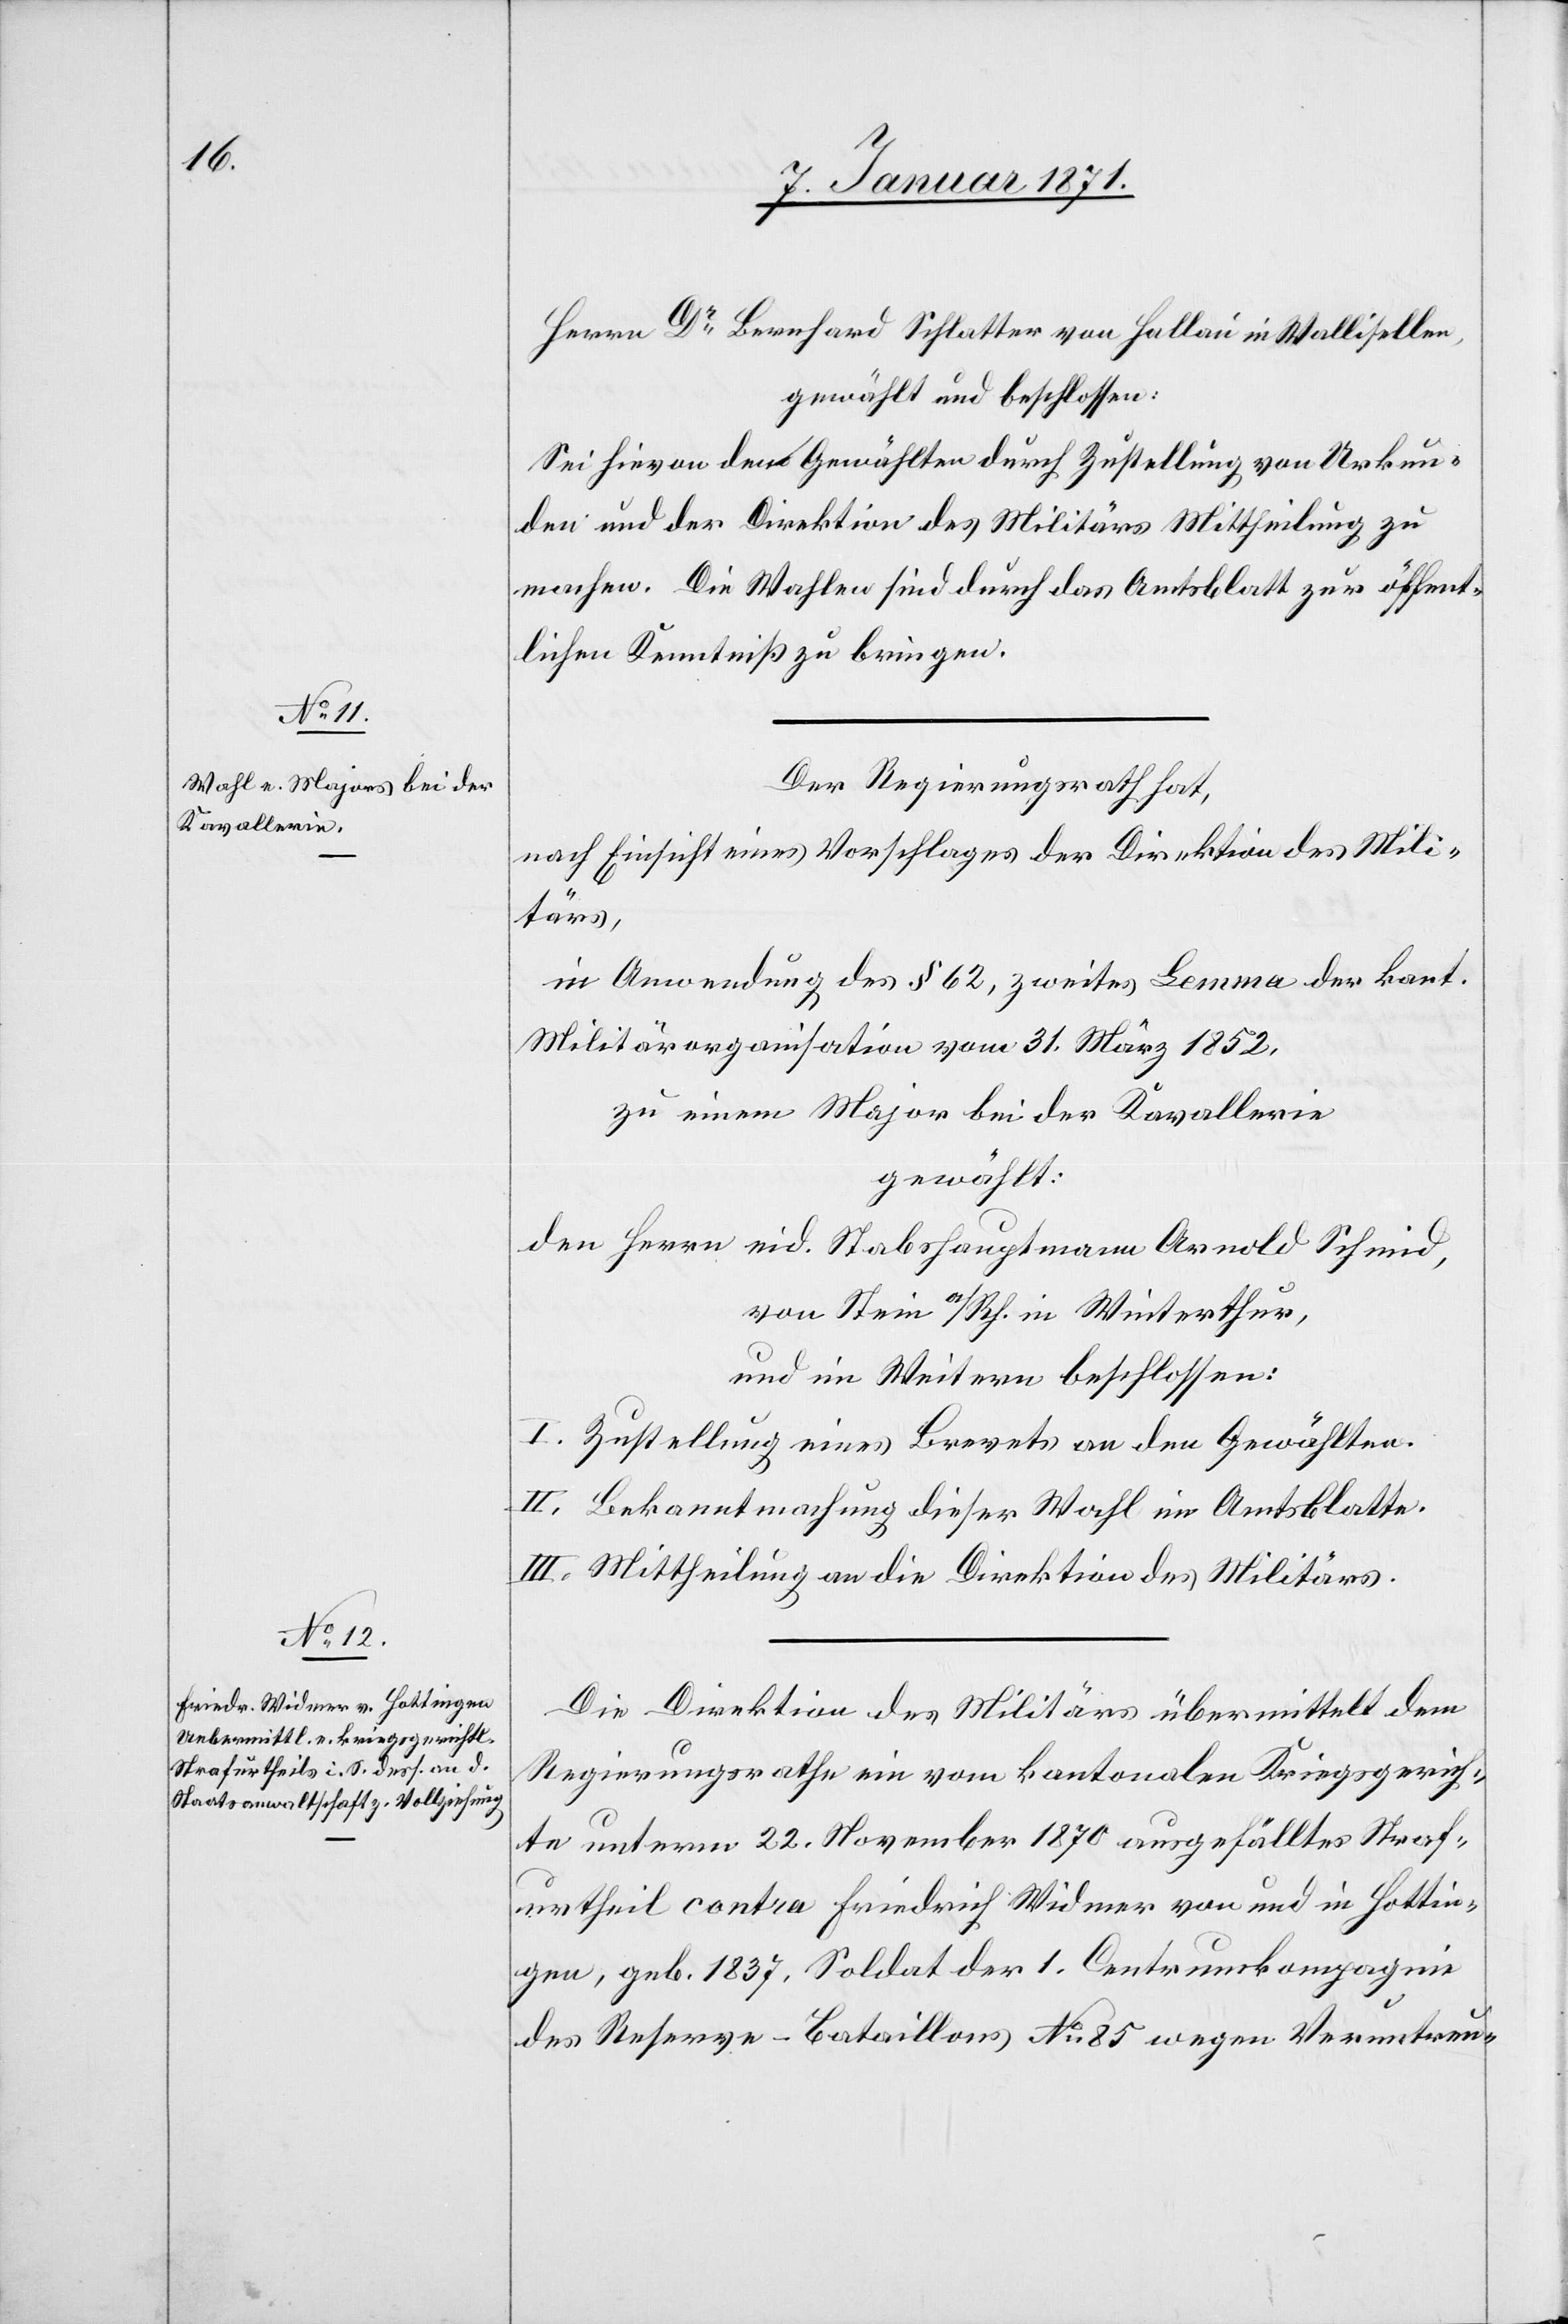
Herrn Dr. Bernhard Schlatter von Hallau in Wallisellen,
gewählt und beschlossen:
Sei hievon den Gewählten durch Zustellung von Urkun¬
den und der Direktion des Militärs Mittheilung zu
machen. Die Wahlen sind durch das Amtsblatt zur öffent¬
lichen Kenntniß zu bringen.
Der Regierungsrath hat,
nach Einsicht eines Vorschlages der Direktion des Mili¬
tärs,
in Anwendung des § 62, zweites Lemma der kant.
Militärorganisation vom 31. März 1852,
zu einem Major bei der Kavallerie
gewählt:
den Herrn eid. Stabshauptmann Arnold Schmid,
von Stein a/Rh. in Winterthur,
und im Weitern beschlossen:
I. Zustellung eines Brevets an den Gewählten.
II. Bekanntmachung dieser Wahl im Amtsblatte.
III. Mittheilung an die Direktion des Militärs.
Die Direktion des Militärs übermittelt dem
Regierungsrathe ein vom kantonalen Kriegsgerich¬
te unterm 22. November 1870 ausgefälltes Straf¬
urtheil contra Friedrich Widmer von und in Hottin¬
gen, geb. 1837, Soldat der 1. Centrumkompagnie
des Reserve-Bataillons No 85 wegen Veruntreu-